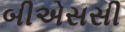
બીએસસી